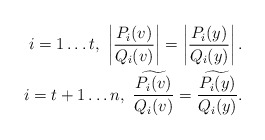
\begin{align*} \ i=1 \ldots t, \ \left| \frac{P_i(v)}{Q_i(v)} \right| = \left| \frac{P_i(y)}{Q_i(y)} \right|. \\ \ i=t+1\ldots n, \ \widetilde{ \frac{P_i(v)}{Q_i(v)} } =\widetilde{ \frac{P_i(y)}{Q_i(y)} }.\end{align*}